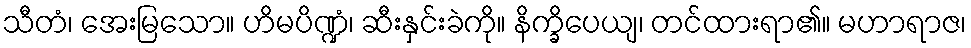
သီတံ၊ အေးမြသော။ ဟိမပိဏ္ဍံ၊ ဆီးနှင်းခဲကို။ နိက္ခိပေယျ၊ တင်ထားရာ၏။ မဟာရာဇ၊